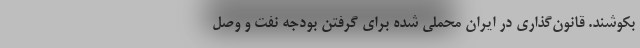
بکوشند. قانون‌گذاری در ایران محملی شده برای گرفتن بودجه نفت و وصل